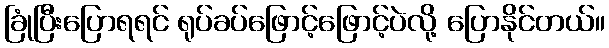
ခြုံပြီးပြောရရင် ရုပ်ခပ်ဖြောင့်ဖြောင့်ပဲလို့ ပြောနိုင်တယ်။